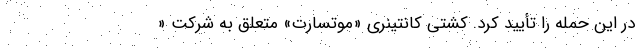
در این حمله را تأیید کرد. کشتی کانتینری «موتسارت» متعلق به شرکت «